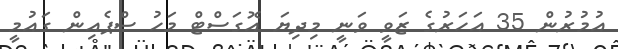
އުމުރުން 35 އަހަރުގެ ޒަވީ ވަނީ މިދިޔަ އޮގަސްޓް މަހު ސްޕެއިން ގައުމީ